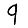
Digit: 9